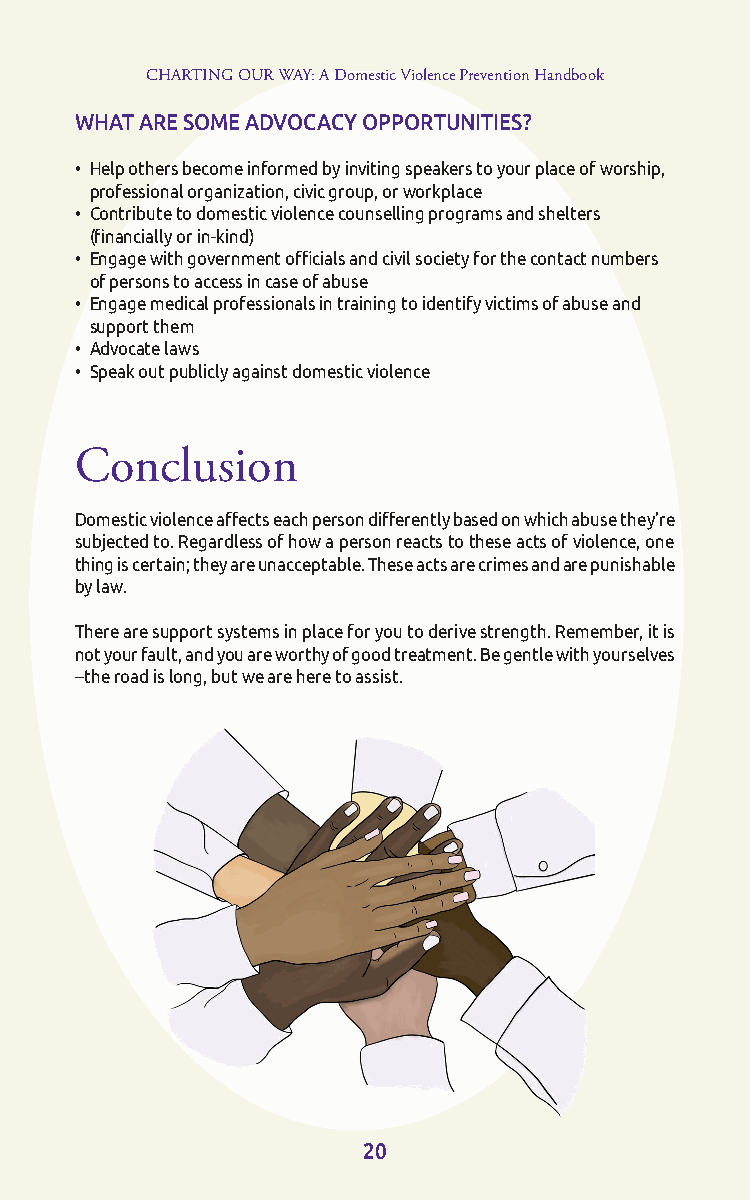
CHARTING OUR WAY: A Domestic Violence Prevention Handbook
 WHAT ARE SOME ADVOCACY OPPORTUNITIES?
 • Help others become informed by inviting speakers to your place of worship,
 professional organization, civic group, or workplace
 • Contribute to domestic violence counselling programs and shelters
 (financially or in-kind)
 • Engage with government officials and civil society for the contact numbers
 of persons to access in case of abuse
 • Engage medical professionals in training to identify victims of abuse and
 support them
 • Advocate laws
 • Speak out publicly against domestic violence
 Conclusion
 Domestic violence affects each person differently based on which abuse they’re
 subjected to. Regardless of how a person reacts to these acts of violence, one
 thing is certain; they are unacceptable. These acts are crimes and are punishable
 by law.
 There are support systems in place for you to derive strength. Remember, it is
 not your fault, and you are worthy of good treatment. Be gentle with yourselves
 --the road is long, but we are here to assist.
 20